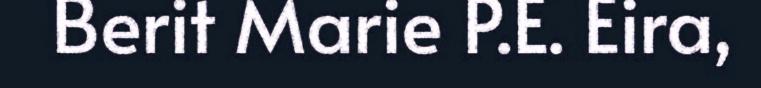
Berit Marie P.E. Eira,